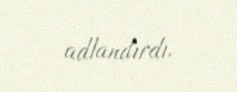
adlandırdı.